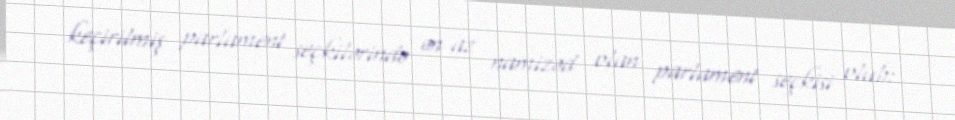
keçirilmiş parlament seçkilərində ən az namizəd olan parlament seçkisi olub: